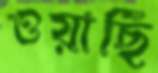
ওয়ার্ছি